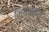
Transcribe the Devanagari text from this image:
निषेचनज